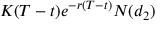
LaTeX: K ( T - t ) e ^ { - r ( T - t ) } N ( d _ { 2 } )